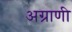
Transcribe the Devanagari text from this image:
अग्राणी